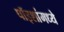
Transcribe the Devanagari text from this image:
पॉइशांमध्ये